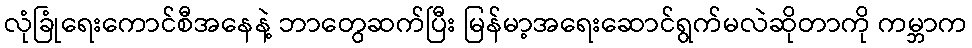
လုံခြုံရေးကောင်စီအနေနဲ့ ဘာတွေဆက်ပြီး မြန်မာ့အရေးဆောင်ရွက်မလဲဆိုတာကို ကမ္ဘာက